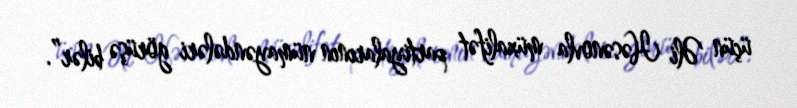
üçün Əli Həsənovla müxalifət partiyalarının nümayəndələri görüşə bilər”.